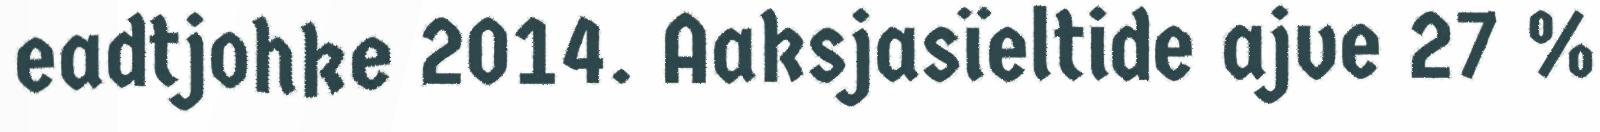
eadtjohke 2014. Aaksjasïeltide ajve 27 %